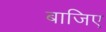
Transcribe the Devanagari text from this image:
बाजिए